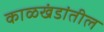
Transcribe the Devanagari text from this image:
काळखंडांतील